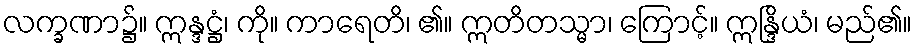
လက္ခဏာ၌။ ဣန္ဒဋ္ဌံ၊ ကို။ ကာရေတိ၊ ၏။ ဣတိတသ္မာ၊ ကြောင့်။ ဣန္ဒြိယံ၊ မည်၏။